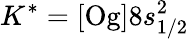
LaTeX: K^{\ast}=[\mathrm{Og}]8s_{1/2}^{2}